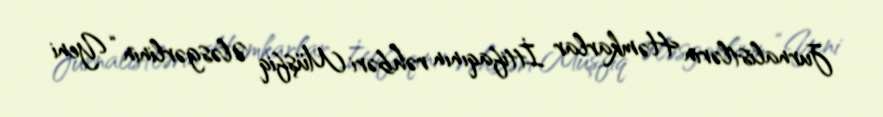
Jurnalistlərin Həmkarlar İttifaqının rəhbəri Müşfiq Ələsgərlinin “Yeni